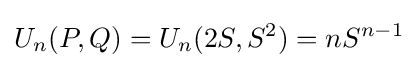
U_{n}(P,Q)=U_{n}(2S,S^{2})=nS^{n-1}